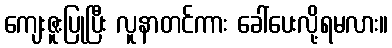
ကျေးဇူးပြုပြီး လူနာတင်ကား ခေါ်ပေးလို့ရမလား။